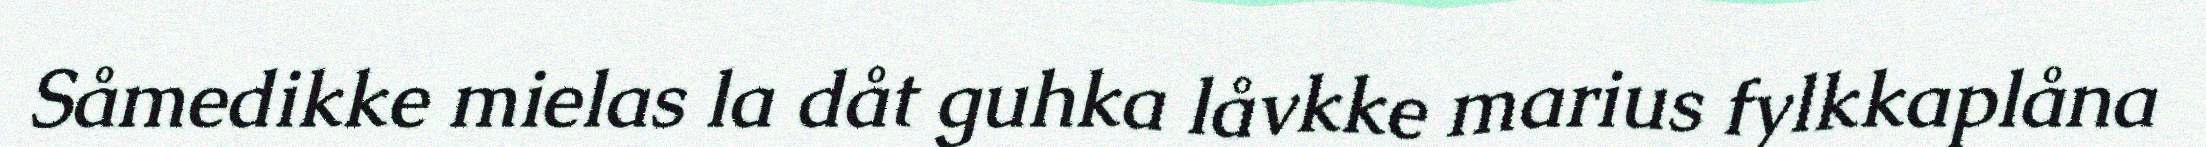
Såmedikke mielas la dåt guhka låvkke marius fylkkaplåna